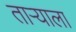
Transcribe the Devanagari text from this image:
ताऱ्‍याला